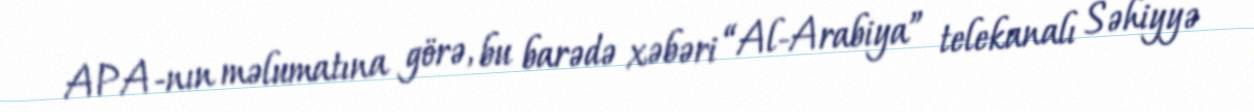
APA-nın məlumatına görə, bu barədə xəbəri “Al-Arabiya” telekanalı Səhiyyə